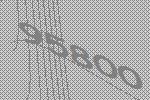
95800